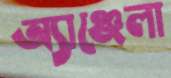
অ্যাঞ্জেলা